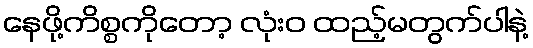
နေဖို့ကိစ္စကိုတော့ လုံးဝ ထည့်မတွက်ပါနဲ့